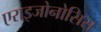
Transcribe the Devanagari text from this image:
एराइजोनोसिस